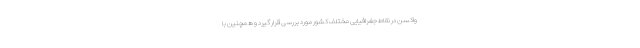
واکسن در نقاط جغرافیایی مختلف کشور مورد بررسی قرار گیرد و همچنین با